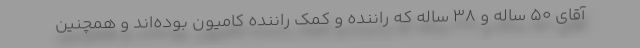
آقای ۵۰ ساله و ۳۸ ساله که راننده و کمک راننده کامیون بوده‌اند و همچنین